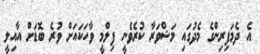
އެ ދެމަފިރިންގެ މެދުގައި މަޝްވަރާ ކުރެވެނީ ފިލްމީ ވާހަކައަށް ވުރެ ބޮޑަށް އާއިލީ